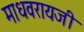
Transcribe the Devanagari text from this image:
माधवरायजी